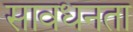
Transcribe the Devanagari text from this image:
सावधनता